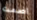
اصمت